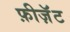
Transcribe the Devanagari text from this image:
फ़ीज़ॅंट